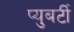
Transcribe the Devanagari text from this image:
प्युबर्टी